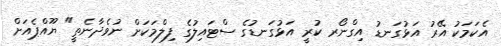
އެކަމަކު އޭރު އަޅުގަނޑު އިގްނޯރ ކުރީ އަޅުގަނޑުގެ ސްޓައިލުގެ ފިލްމަކަށް ނުވެދާނެތީ" ޔޫއްޕެއަށް